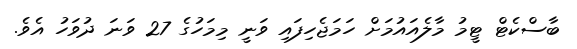
ބާސްކެޓް ޓީމު މާލެއައުމަށް ހަމަޖެހިފައި ވަނީ މިމަހުގެ 27 ވަނަ ދުވަހު އެވެ.